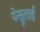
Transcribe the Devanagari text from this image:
येसूताई